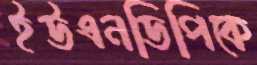
ইউএনডিপিকে